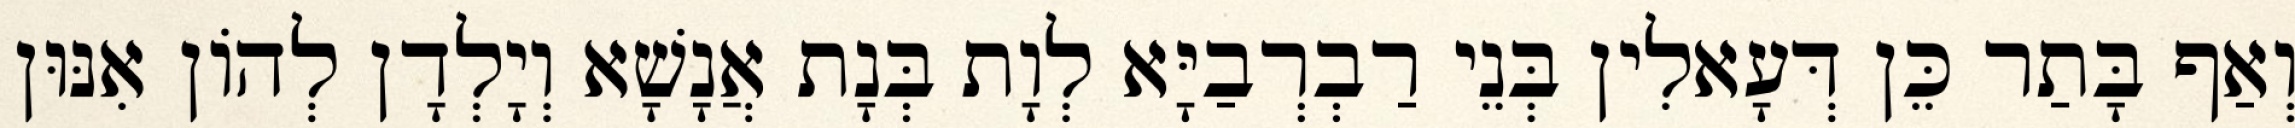
וְאַף בָּתַר כֵּן דְּעָאלִין בְּנֵי רַבְרְבַיָּא לְוָת בְּנָת אֲנָשָׁא וְיָלְדָן לְהוֹן אִנּוּן